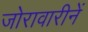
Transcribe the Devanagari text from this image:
जोरावारीनें